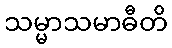
သမ္မာသမာဓီတိ